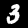
Label: 3